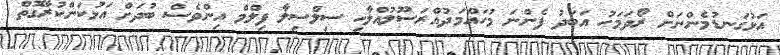
އަޅުގަނޑުމެންނަށް ރޯދަމަހު އަބަދު ފެންނަ މުހައްމަދުއްރަސޫލުއްލާހި ސިލްސިލާ ފިލްމް އިންވެސް ބުދަށް އަޅުކަންކުރާގޮތް